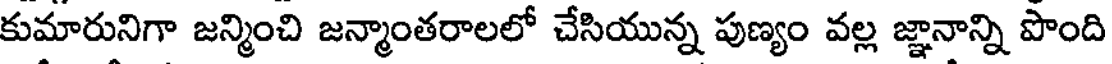
కుమారునిగా జన్మించి జన్మాంతరాలలో చేసియున్న పుణ్యం వల్ల జ్ఞానాన్ని పొంది